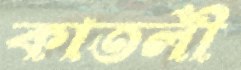
কাতলী